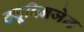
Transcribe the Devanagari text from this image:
ट्यूबिनजेन